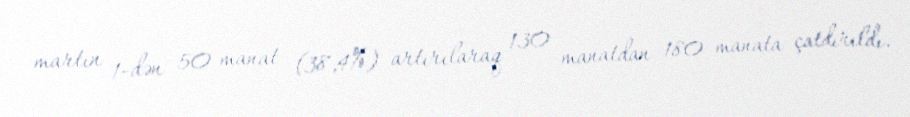
martın 1-dən 50 manat (38,4%) artırılaraq 130 manatdan 180 manata çatdırıldı.